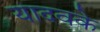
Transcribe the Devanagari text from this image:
यादवके